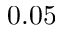
0 . 0 5